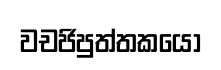
වචජිපුත්තකයෝ